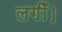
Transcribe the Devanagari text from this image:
लगीँ।